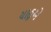
યાહૂએ